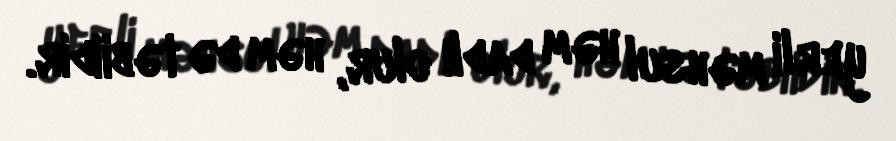
yerli məhsul həm dadlı olur, həm də təbiidir.